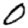
Digit: 0